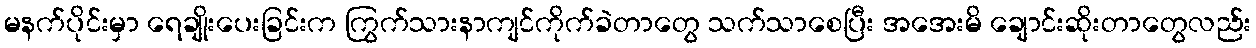
မနက်ပိုင်းမှာ ရေချိုးပေးခြင်းက ကြွက်သားနာကျင်ကိုက်ခဲတာတွေ သက်သာစေပြီး အအေးမိ ချောင်းဆိုးတာတွေလည်း